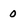
Character: 0